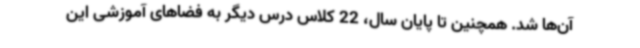
آن‌ها شد. همچنین تا پایان سال، 22 کلاس درس دیگر به فضاهای آموزشی این